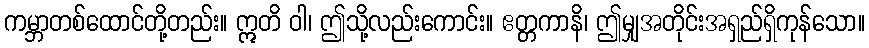
ကမ္ဘာတစ်ထောင်တို့တည်း။ ဣတိ ဝါ၊ ဤသို့လည်းကောင်း။ ဧတ္တကာနိ၊ ဤမျှအတိုင်းအရှည်ရှိကုန်သော။